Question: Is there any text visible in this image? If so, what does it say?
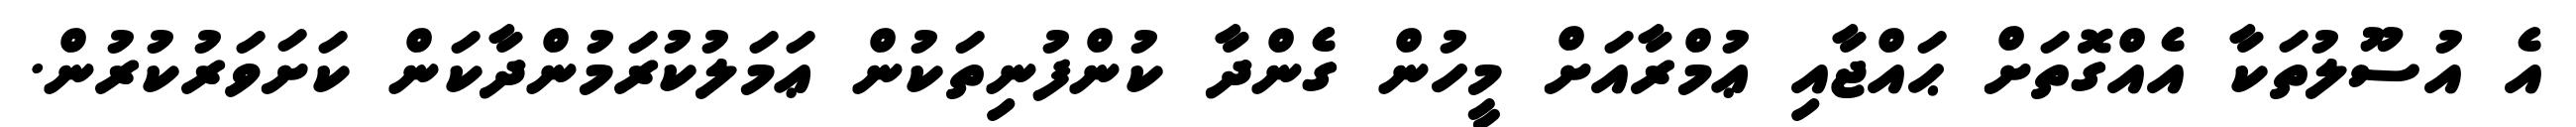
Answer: އެ އުސޫލުތަކާ އެއްގޮތަށް ޙައްޖާއި ޢުމްރާއަށް މީހުން ގެންދާ ކުންފުނިތަކުން ޢަމަލުކުރަމުންދާކަން ކަށަވަރުކުރުން.